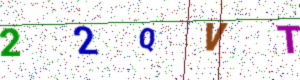
Text: 22QVT